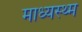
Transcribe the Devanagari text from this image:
माध्यस्थ्म